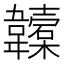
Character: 𩏮